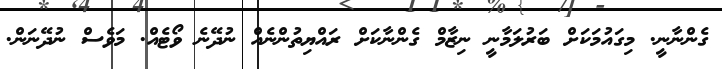
ގެންނާނީ. މިގައުމަކަށް ބަރުލަމާނީ ނިޒާމް ގެންނާކަށް ރައްޔިތުންނެއް ނުދޭނެ ވޯޓެއް. މަވެސް ނުދޭނަން.